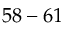
5 8 - 6 1